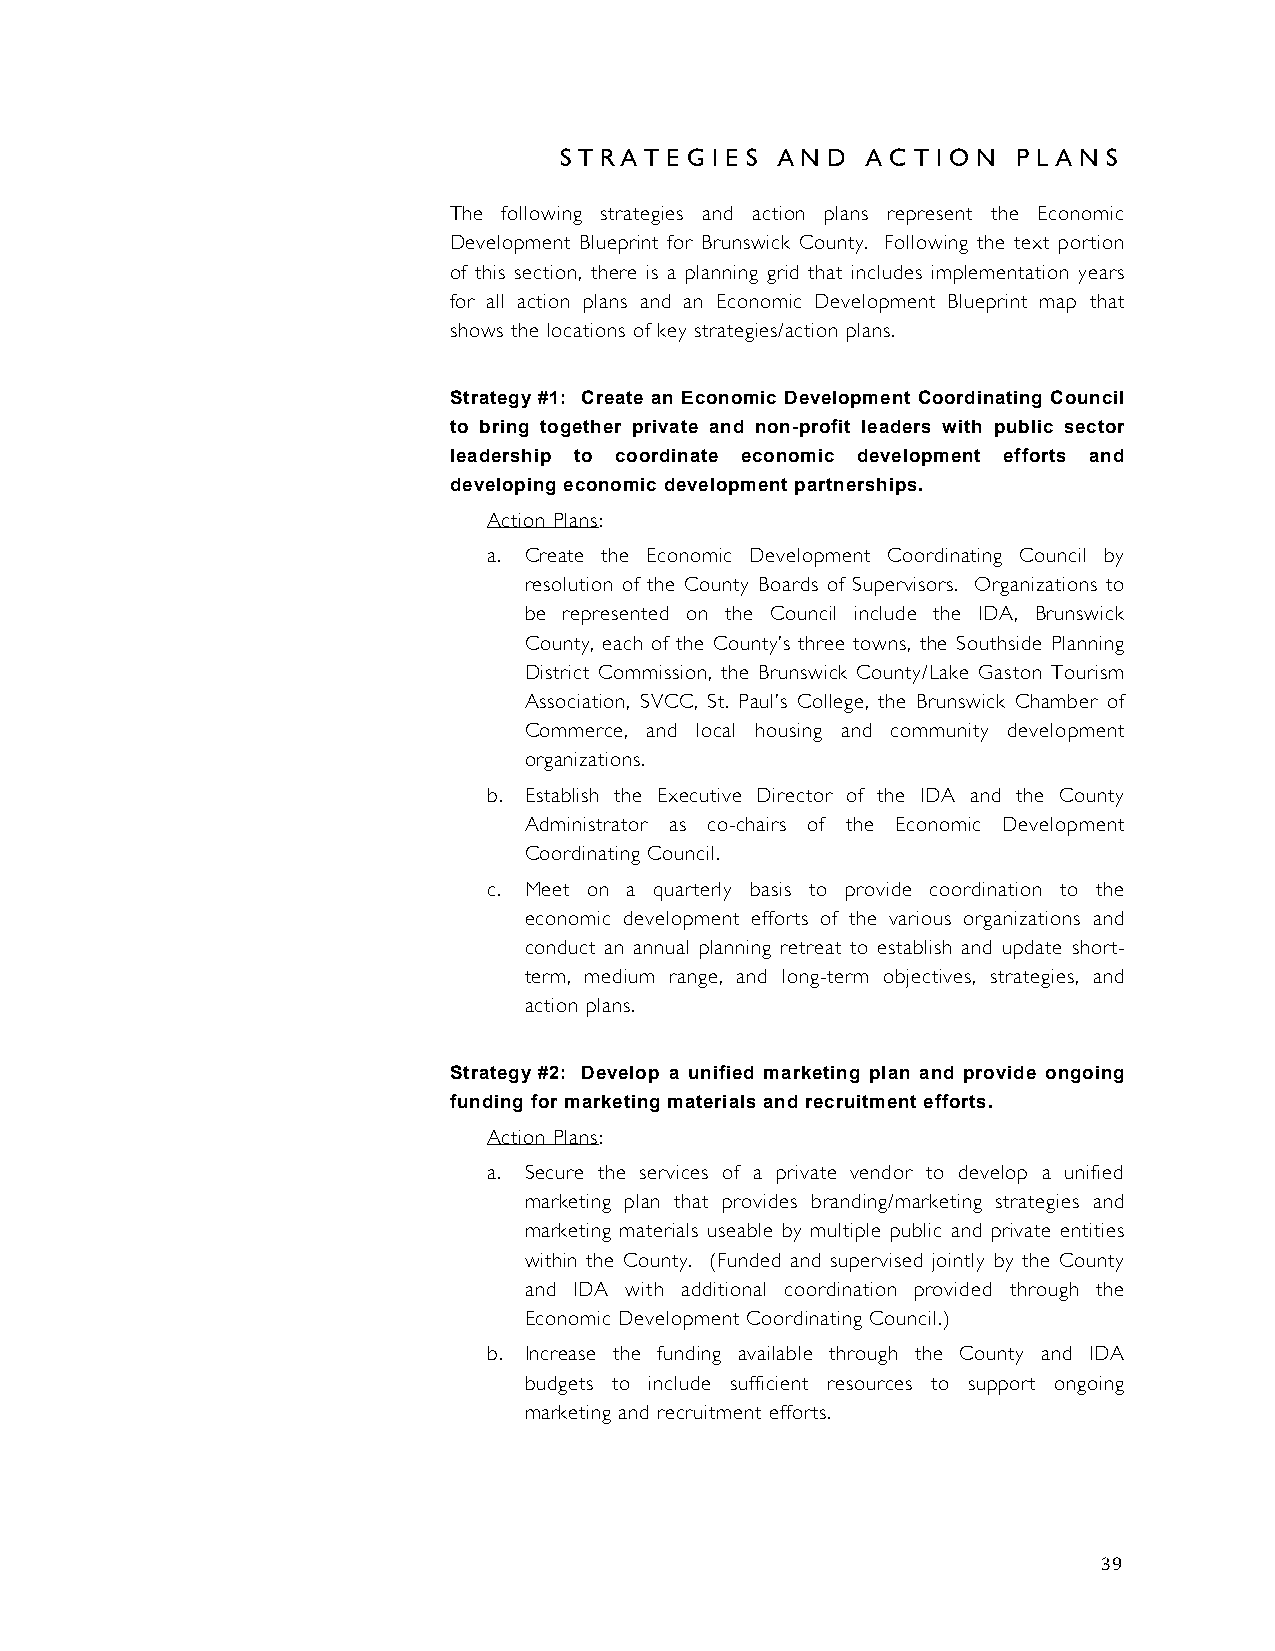
S T R A T E G I E S A N D A C T I O N P L A N S
 The following strategies and action plans represent the Economic
 Development Blueprint for Brunswick County. Following the text portion
 of this section, there is a planning grid that includes implementation years
 for all action plans and an Economic Development Blueprint map that
 shows the locations of key strategies/action plans.
 Strategy #1: Create an Economic Development Coordinating Council
 to bring together private and non-profit leaders with public sector
 leadership to coordinate economic development efforts and
 developing economic development partnerships.
 Action Plans:
 a. Create the Economic Development Coordinating Council by
 resolution of the County Boards of Supervisors. Organizations to
 be represented on the Council include the IDA, Brunswick
 County, each of the County’s three towns, the Southside Planning
 District Commission, the Brunswick County/Lake Gaston Tourism
 Association, SVCC, St. Paul’s College, the Brunswick Chamber of
 Commerce, and local housing and community development
 organizations.
 b. Establish the Executive Director of the IDA and the County
 Administrator as co-chairs of the Economic Development
 Coordinating Council.
 c. Meet on a quarterly basis to provide coordination to the
 economic development efforts of the various organizations and
 conduct an annual planning retreat to establish and update short-
 term, medium range, and long-term objectives, strategies, and
 action plans.
 Strategy #2: Develop a unified marketing plan and provide ongoing
 funding for marketing materials and recruitment efforts.
 Action Plans:
 a. Secure the services of a private vendor to develop a unified
 marketing plan that provides branding/marketing strategies and
 marketing materials useable by multiple public and private entities
 within the County. (Funded and supervised jointly by the County
 and IDA with additional coordination provided through the
 Economic Development Coordinating Council.)
 b. Increase the funding available through the County and IDA
 budgets to include sufficient resources to support ongoing
 marketing and recruitment efforts.
 39